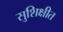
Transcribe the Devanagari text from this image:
सुशिक्षीत